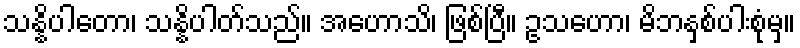
သန္နိပါတော၊ သန္နိပါတ်သည်။ အဟောသိ၊ ဖြစ်ပြီ။ ဥသဟော၊ မိဘနှစ်ပါးစုံမှ။